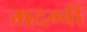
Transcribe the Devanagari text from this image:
मदम्बी